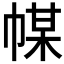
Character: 𢃱